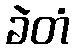
ခဲတံ